Vaccination in the Punjab 1897-1904 - 1897-1904
Year: 1897
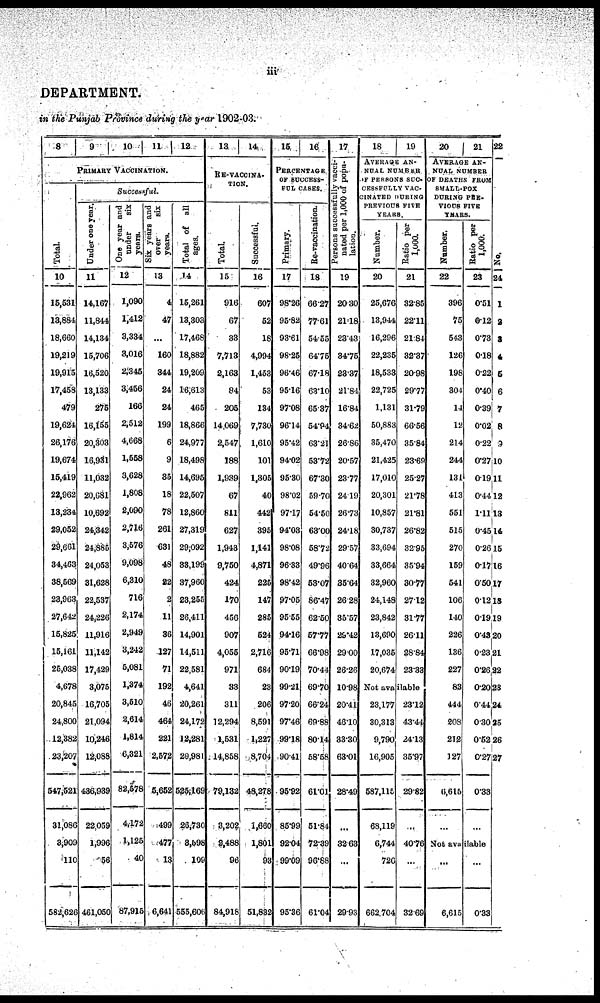
iii
DEPARTMENT.
in the Punjab Province during the year 1902-03.
8
9
10 11 12
PRIMARY VACCINATION.
Total.
10
15,531
13,884
18,660
19,219
19,915
17,458
479
19,624
26,176
19,674
15,419
22,962
13,234
29,052
29,661
34,463
38,569
23,963
27,642
15,825
15,161
25,038
4,678
20,845
24,800
12,382
23,207
547,521
31,086
3,909
110
582,626
Successful.
Under one year.
11
14,167
11,844
14,134
15,706
16,520
13,133
275
16,155
20,303
16,931
11,032
20,681
10,692
24,342
24,885
24,053
31,628
22,537
24,226
11,916
11,142
17,429
3,075
16,705
21,094
10,246
12,088
436,939
22,059
1,996
56
461,050
One year and
under
six
years.
12
1,090
1,412
3,334
3,016
2,345
3,456
166
2,512
4,668
1,558
3,628
1,808
2,090
2,716
3,576
9,098
6,310
716
2,174
2,949
3,242
5,081
1,374
3,510
2,614
1,814
6,321
82,578
4,172
1,125
40
87,915
Six years and
over
six
years.
13
4
47
...
160
344
24
24
199
6
9
35
18
78
261
631
48
22
2
11
36
127
71
192
46
464
221
2,572
5,652
499
477
13
6,641
Total of
all
ages.
14
15,261
13,303
17,468
18,882
19,209
16,613
465
18,866
24,977
18,498
14,695
22,507
12,860
27,319
29,092
33,199
37,960
23,255
26,411
14,901
14,511
22,581
4,641
20,261
24,172
12,281
20,981
525,169
26,730
3,598
109
555,606
13
14
RE-VACCINA-
TION.
Total.
15
916
67
33
7,713
2,163
84
205
14,069
2,547
188
1,939
67
811
627
1,943
9,750
424
170
456
907
4,055
971
33
311
12,294
1,531
14,858
79,132
3,202
2,488
96
84,918
Successful.
16
607
52
18
4,994
1,453
53
134
7,730
1,610
101
1,305
40
442
395
1,141
4,871
225
147
285
524
2,716
684
23
206
8,591
1,227
8,704
48,278
1,660
1,801
93
51,832
15
16
PERCENTAGE
OF SUCCESS-
FUL CASES.
Primary.
17
98.26
95.82
93.61
98.25
96.46
95.16
97.08
96.14
95.42
94.02
95.30
98.02
97.17
94.03
98.08
96.83
98.42
97.05
95.55
94.16
95.71
90.19
99.21
97.20
97.46
99.18
90.41
95.92
85.99
92.04
99.09
95.36
Re-vaccination.
18
66.27
77.61
54.55
64.75
67.18
63.10
65.37
54.94
63.21
53.72
67.30
59.70
54.50
63.00
58.72
49.96
53.07
86.47
62.50
57.77
66.98
70.44
69.70
66.24
69.88
80.14
58.58
61.01
51.84
72.39
96.88
61.04
17
Persons successfully vacci-
nated per 1,000 of popu-
lation.
19
20.30
21.18
23.43
34.75
23.37
21.84
16.84
34.62
26.86
20.57
23.77
24.19
26.73
24.18
29.57
40.64
35.64
26.28
35.57
29.42
29.00
26.26
10.98
20.41
46.10
33.30
63.01
28.49
...
32.63
...
29.93
18
19
AVERAGE AN-
NUAL NUMBER
OF PERSONS SUC-
CESSFULLY VAC-
CINATED DURING
PREVIOUS FIVE
YEARS.
Number.
20
25,676
13,944
16,296
22,235
18,533
22,725
1,131
50,883
35,470
21,425
17,010
20,301
10,857
30,737
33,694
33,664
32,960
24,148
23,842
13,690
17,035
20,674
Ratio per
1,000.
21
32.85
22.11
21.84
32.37
20.98
29.77
31.79
66.56
35.84
23.69
25.27
21.78
21.81
26.82
32.95
35.94
30.77
27.12
31.77
26.11
28.84
23.33
Not available
23,177
30,313
9,790
16,905
587,115
68,119
6,744
726
662,704
23.12
43.44
24.13
35.97
29.82
...
40.76
...
32.69
20
21
AVERAGE AN-
NUAL NUMBER
OF DEATHS FROM
SMALL-POX
DURING PRE-
VIOUS FIVE
YEARS.
Number.
22
396
75
543
126
198
304
14
12
214
244
131
413
551
515
270
159
541
106
140
226
136
227
83
444
208
212
127
6,615
...
Ratio per
1,000.
23
0.51
0.12
0.73
0.18
0.22
0.40
0.39
0.02
0.22
0.27
0.19
0.44
1.11
0.45
0.26
0.17
0.50
0.12
0.19
0.43
0.23
0.26
0.20
0.44
0.30
0.52
0.27
0.33
...
Not available
...
6,615
...
0.33
22
No.
24
1
2
3
4
5
6
7
8
9
10
11
12
13
14
15
16
17
18
19
20
21
22
23
24
25
26
27